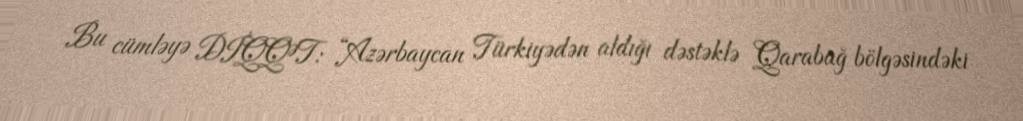
Bu cümləyə DİQQƏT: “Azərbaycan Türkiyədən aldığı dəstəklə Qarabağ bölgəsindəki